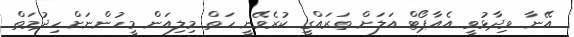
އޭނާ ވިދާޅުވީ އެއާޕޯޓް އަލަށް ތަރައްގީ ކުރެވޭނީ ހަތް މިލިއަން މީހުންނަށް ހިދުމަތް